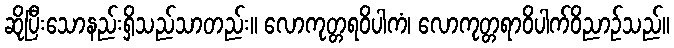
ဆိုပြီးသောနည်းရှိသည်သာတည်း။ လောကုတ္တရဝိပါကံ၊ လောကုတ္တရာဝိပါက်ဝိညာဉ်သည်။